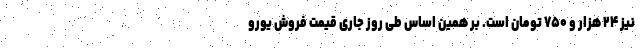
نیز ۲۴ هزار و ۷۵۰ تومان است. بر همین‌ اساس طی روز جاری قیمت فروش یورو